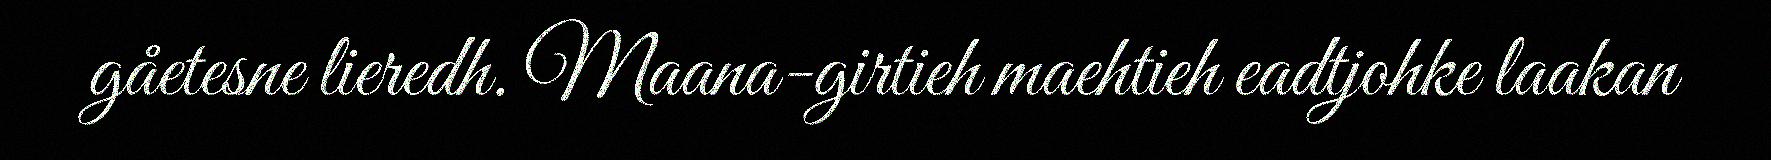
gåetesne lieredh. Maana-girtieh maehtieh eadtjohke laakan